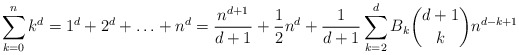
\begin{align*}\sum_{k=0}^n k^d = 1^d + 2^d + \ldots + n^d = \frac{n^{d+1}}{d+1} + \frac{1}{2}n^d + \frac{1}{d+1}\sum_{k=2}^d B_k \binom{d+1}{k} n^{d-k+1}\end{align*}